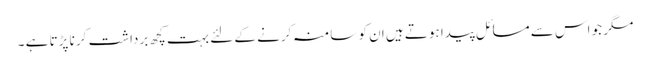
مگر جو اس سے مسائل پیدا ہوتے ہیں ان کو سامنہ کرنے کے لئے بہت کچھ برداشت کر نا پڑتا ہے ۔